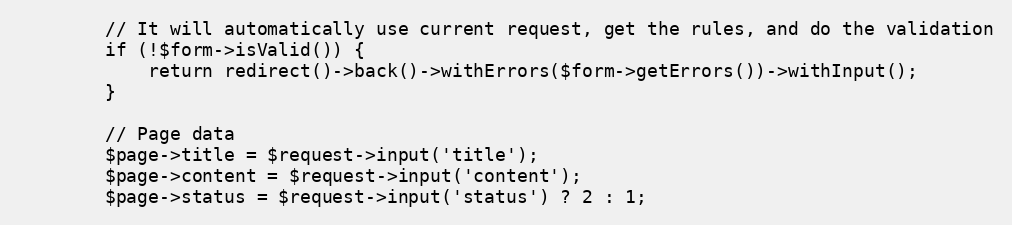
Language: PHP
        // It will automatically use current request, get the rules, and do the validation
        if (!$form->isValid()) {
            return redirect()->back()->withErrors($form->getErrors())->withInput();
        }

        // Page data
        $page->title = $request->input('title');
        $page->content = $request->input('content');
        $page->status = $request->input('status') ? 2 : 1;